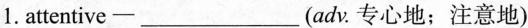
1.attentive—___(adv.专心地；注意地)